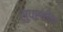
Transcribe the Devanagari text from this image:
सुपरवीक